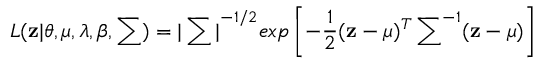
L ( \mathbf { z } | \theta , \mu , \lambda , \boldsymbol { \beta } , \sum ) = { | \sum | } ^ { - 1 / 2 } e x p \left[ - \frac { 1 } { 2 } ( \mathbf { z } - \mu ) ^ { T } \, { \sum } ^ { - 1 } ( \mathbf { z } - \mu ) \right]